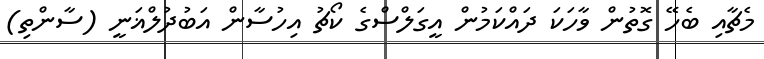
މެޗާއި ބެހޭ ގޮތުން ވާހަކަ ދައްކަމުން އީގަލްސްގެ ކޯޗު އިހުސާން އަބުދުލްޣަނީ (ސާންތި)